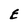
Character: E